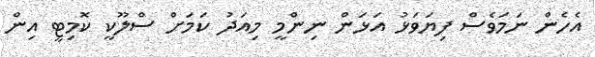
އެހެން ނަމަވެސް ފިޔަވަޅު އަޅަން ނިންމީ މިއަދު ކަމަށް ސްލޫކީ ކޮމިޓީ އިން